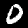
Digit: 0